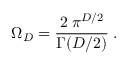
\Omega _ { { D } } = \frac { 2 \; \pi ^ { { D } / 2 } } { \Gamma ( D / 2 ) } \; .